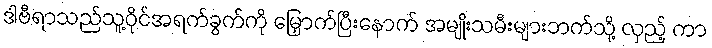
ဒါဗီရာသည်သူ့ဝိုင်အရက်ခွက်ကို မြှောက်ပြီးနောက် အမျိုးသမီးများဘက်သို့ လှည့် ကာ